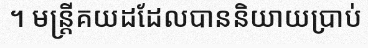
។ មន្ត្រីគយដដែលបាននិយាយប្រាប់